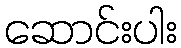
ဆောင်းပါး